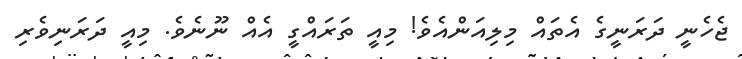
ޖެހެނީ ދަރަނީގެ އެތައް މިލިއަންއެވެ! މިއީ ތަރައްގީ އެއް ނޫނެވެ. މިއީ ދަރަނިވެރި